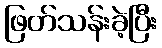
ဖြတ်သန်းခဲ့ပြီး